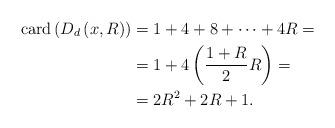
LaTeX: \begin{align*}\mbox{card}\left(D_d\left(x,R\right)\right) &= 1 + 4 + 8 +\cdots+4R=\\ &= 1 + 4\left(\frac{1 + R}{2}R\right)=\\ &= 2R^2 + 2R + 1.\end{align*}